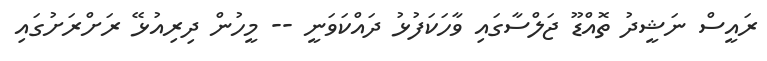
ރައީސް ނަޝީދު ތޮއްޑޫ ޖަލްސާގައި ވާހަކަފުޅު ދައްކަވަނީ -- މީހުން ދިރިއުޅޭ ރަށްރަށުގައި